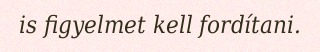
is figyelmet kell fordítani.